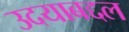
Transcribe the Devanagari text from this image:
उदयाबद्दल